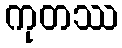
ကုတဿ